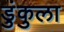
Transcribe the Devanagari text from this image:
डुंकुला